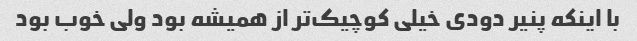
با اینکه پنیر دودی خیلی کوچیک‌تر از همیشه بود ولی خوب بود